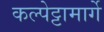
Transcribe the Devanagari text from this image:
कल्पेट्टामार्गे